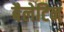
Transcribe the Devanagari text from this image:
बैलेटिन